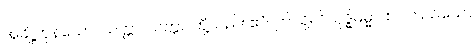
အချို့ကုန်သော။ သတ္တာ၊ သတ္တဝါတို့သည်။ ဧဝံ၊ ဤသို့။ ဝိသုဒ္ဓိဓမ္မာ၊ စင်ကြယ်သော